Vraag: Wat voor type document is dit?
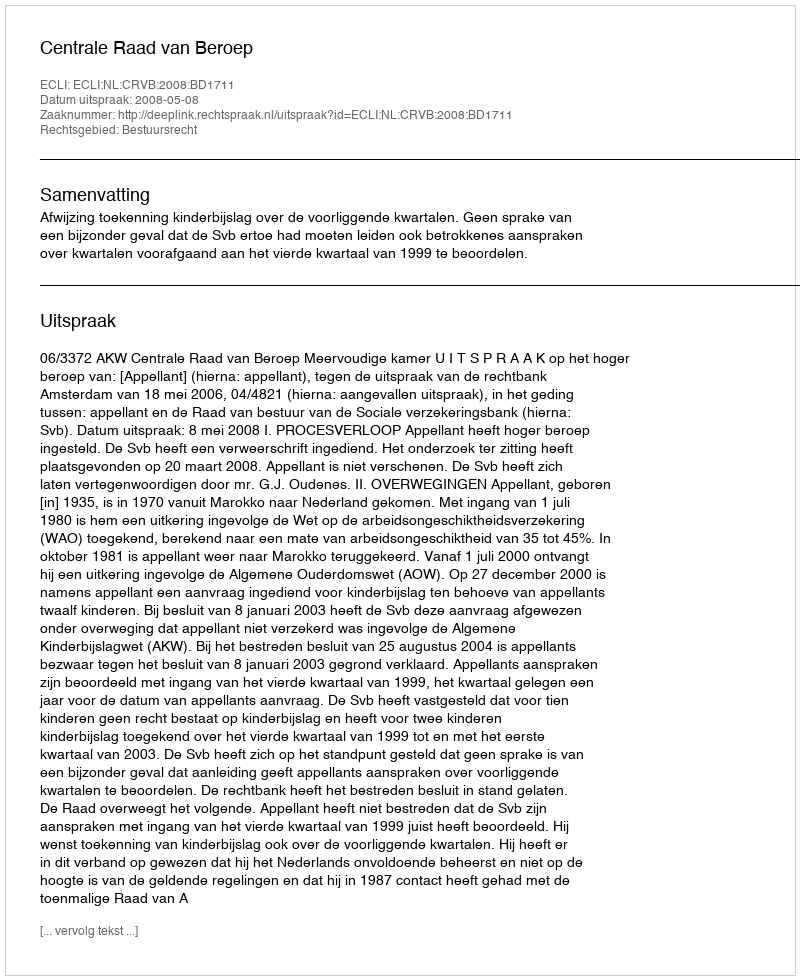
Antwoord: Uitspraak